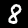
Digit: 8